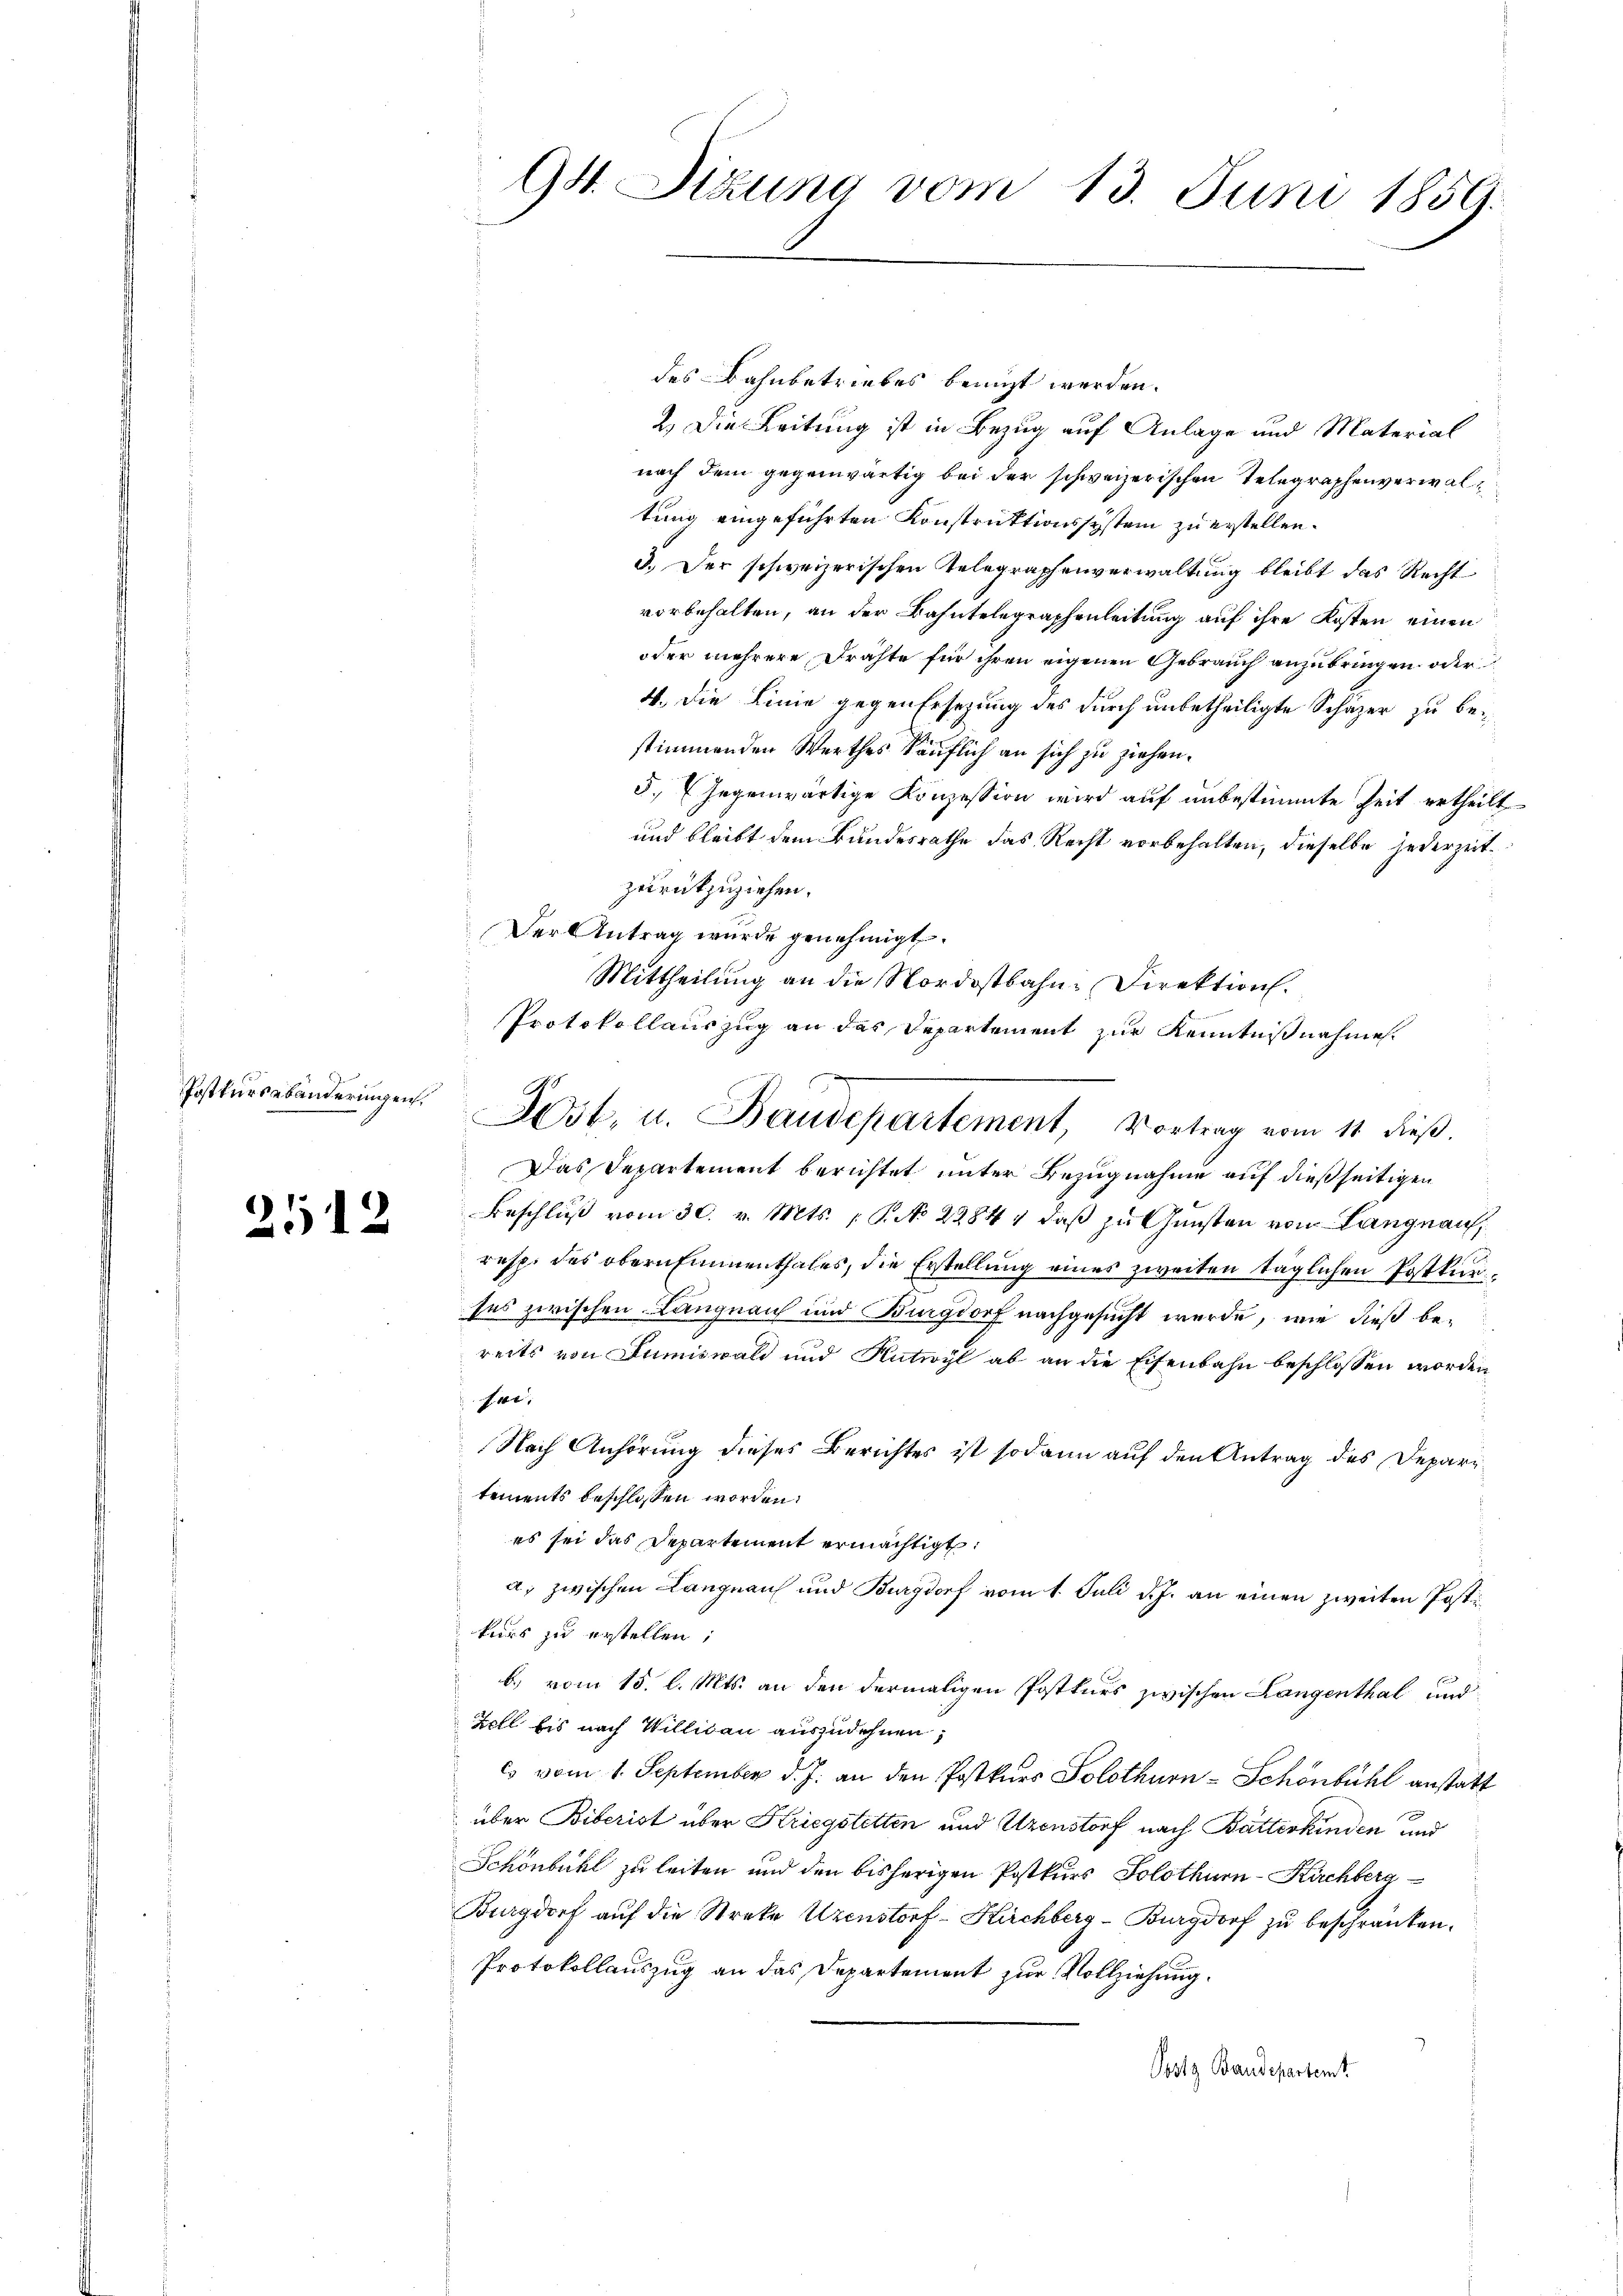
Postkursebänderingen.

2512

des Bahnbetriebes benuzt werden.
2.) Die Leitung ist in Bezug auf Anlage und Material
nach dem gegenwärtig bei der schweizerischen Telegraphenverwaltung eingeführten Konstruktionssystem zu erstellen.
3.) Der schweizerischen Telegraphenverwaltung bleibt das Recht
vorbehalten, an der Bahntelegraphenleitung auf ihre Kosten einen
oder mehrere Drähte für ihren eigenen Gebrauch anzubringen, oder
4. Die Linie gegen Ersezung des durch unbetheiligte Schäzer zu bestimmenden Werthes käuflich an sich zu ziehen.
5. Gegenwärtige Konzession wird auf unbestimmte Zeit ertheilt
und bleibt dem Bundesrathe das Recht vorbehalten, dieselbe jederzeitzurückzuziehen.
Der Antrag wurde genehmigt.
Mittheilung an die Nordostbahn-Direktion.
Protokollauszug an das Departement zur Kenntnißnahme
Das Departement berichtet unter Bezugnahme auf dießseitigen
Beschluß vom 30. v. Mts. P. No 2284, daß zu Gunsten von Langnau,
resp. des obern Einmenthales, die Erstellung eines zweiten täglichen Postkurses zwischen Langnauch und Bingdorf nachgesucht werde, wie dieß bereits von Sumiswald und Kutwyl ab an die Eisenbahn beschlossen worden
f. 1,
Nach Anhörung dieses Berichtes ist sodann auf den Antrag des Depari
tements beschlossen worden.
es sei das Departement ermächtigt,
a. zwischen Langnau und Burgdorf vom 1. Juli d. J. an einen zweiten Postkurs zu erstellen;
b) vom 15. l. Mts. an den dermaligen Postkurs zwischen Langenthal und
Zell bis nach Willisau auszudehnen,
cs vom 1. September d. J. an den Postkurs Solothurn-Schönbühl anstatt
über Biberist über Kriegstetten und Uzenstorf nach Batterkinden und
Schönbühl zu leiten und den bisherigen Postkurs Solothurn-Kirchberg
Burgdorf auf die Streke Uzenstorf - Kirchberg-Burgdorf zu beschränken.
Protokollauszug an das Departement zur Vollziehung.
Posts Baudepartemt

94. Sizung vom 13. Juni 1859.

Jost, u. Baudepartement, Vortrag vom 11. dieβ.